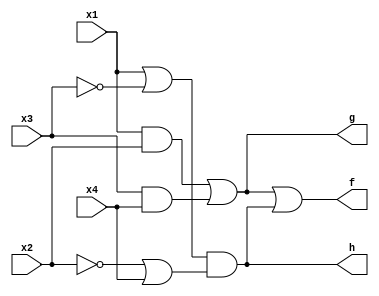
module f (
    x1,
    x2,
    x3,
    x4,
    f,
    g,
    h
);

    input x1, x2, x3, x4;
    output f, g, h;

    and(z1, x1, x2);
    and(z2, x3, x4);

    or(g, z1, z2);
    or(z3,x1,~x3);
    or(z4,~x2,x4);

    and(h, z3, z4);
    or(f, g, h);

endmodule